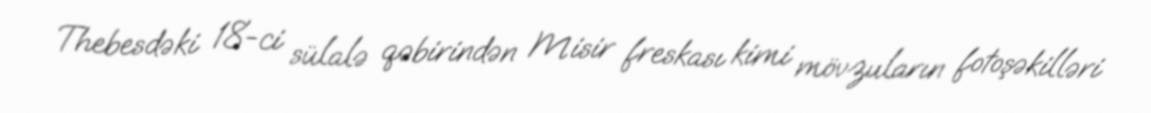
Thebesdəki 18-ci sülalə qəbirindən Misir freskası kimi mövzuların fotoşəkilləri